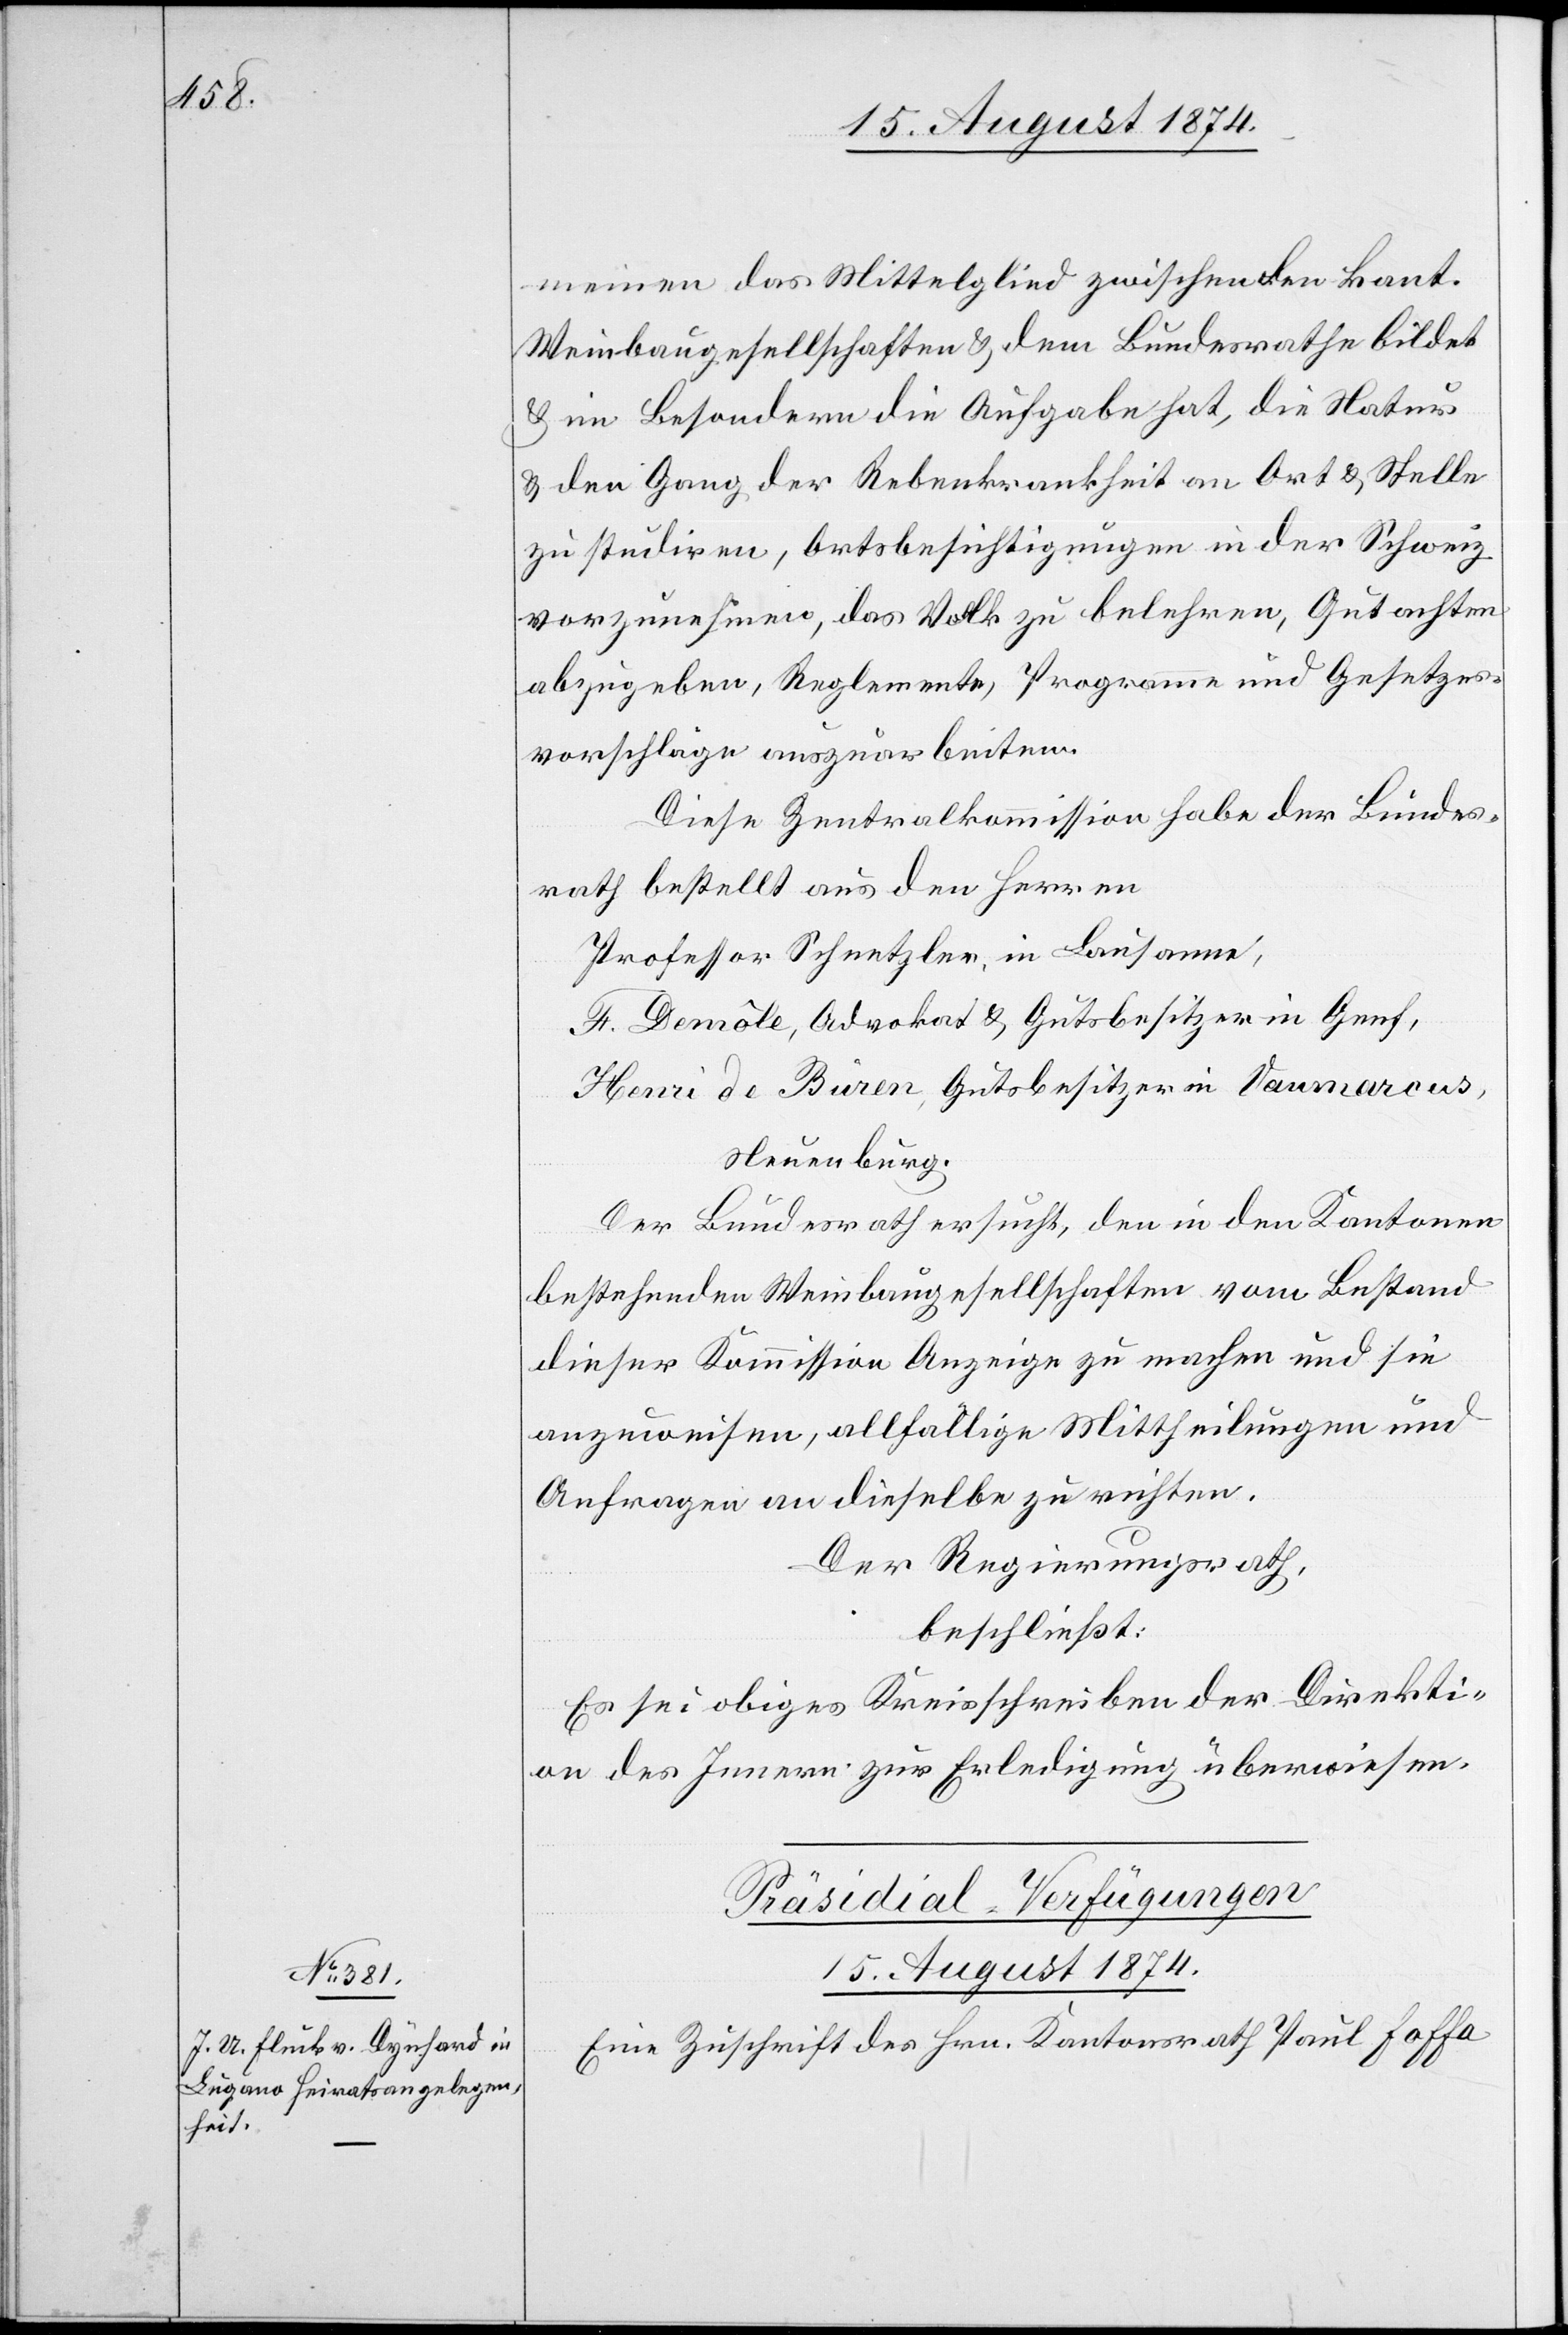
meinen das Mittelglied zwischen den kant.
Weinbaugesellschaften u. dem Bundesrathe bildet
u. im Besondern die Aufgabe hat, die Natur
u. den Gang der Rebenkrankheit an Ort u. Stelle
zu studiren, Ortsbesichtigungen in der Schweiz
vorzunehmen, das Volk zu belehren, Gutachten
abzugeben, Reglemente, Programme und Gesetzes¬
vorschläge auszuarbeiten.
Diese Zentralkommission habe der Bundes¬
rath bestellt aus den Herren
Professor Schnetzler, in Lausanne,
F. Demôle, Advokat u. Gutsbesitzer in Genf,
Henri de Buren, Gutsbesitzer in Vaumarcus,
Neuenburg.
Der Bundesrath ersucht, den in den Kantonen
bestehenden Weinbaugesellschaften vom Bestand
dieser Kommission Anzeige zu machen und sie
anzuweisen, allfällige Mittheilungen und
Anfragen an dieselbe zu richten.
Der Regierungsrath,
beschließt:
Es sei obiges Kreisschreiben der Direkti¬
on des Innern zur Erledigung zu überweisen.
Präsidial-Verfügungen
15. August 1874.
Eine Zuschrift des Hrn. Kantonsrath Paul Foffa